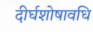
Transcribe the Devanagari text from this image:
दीर्घशोषावधि